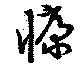
慷